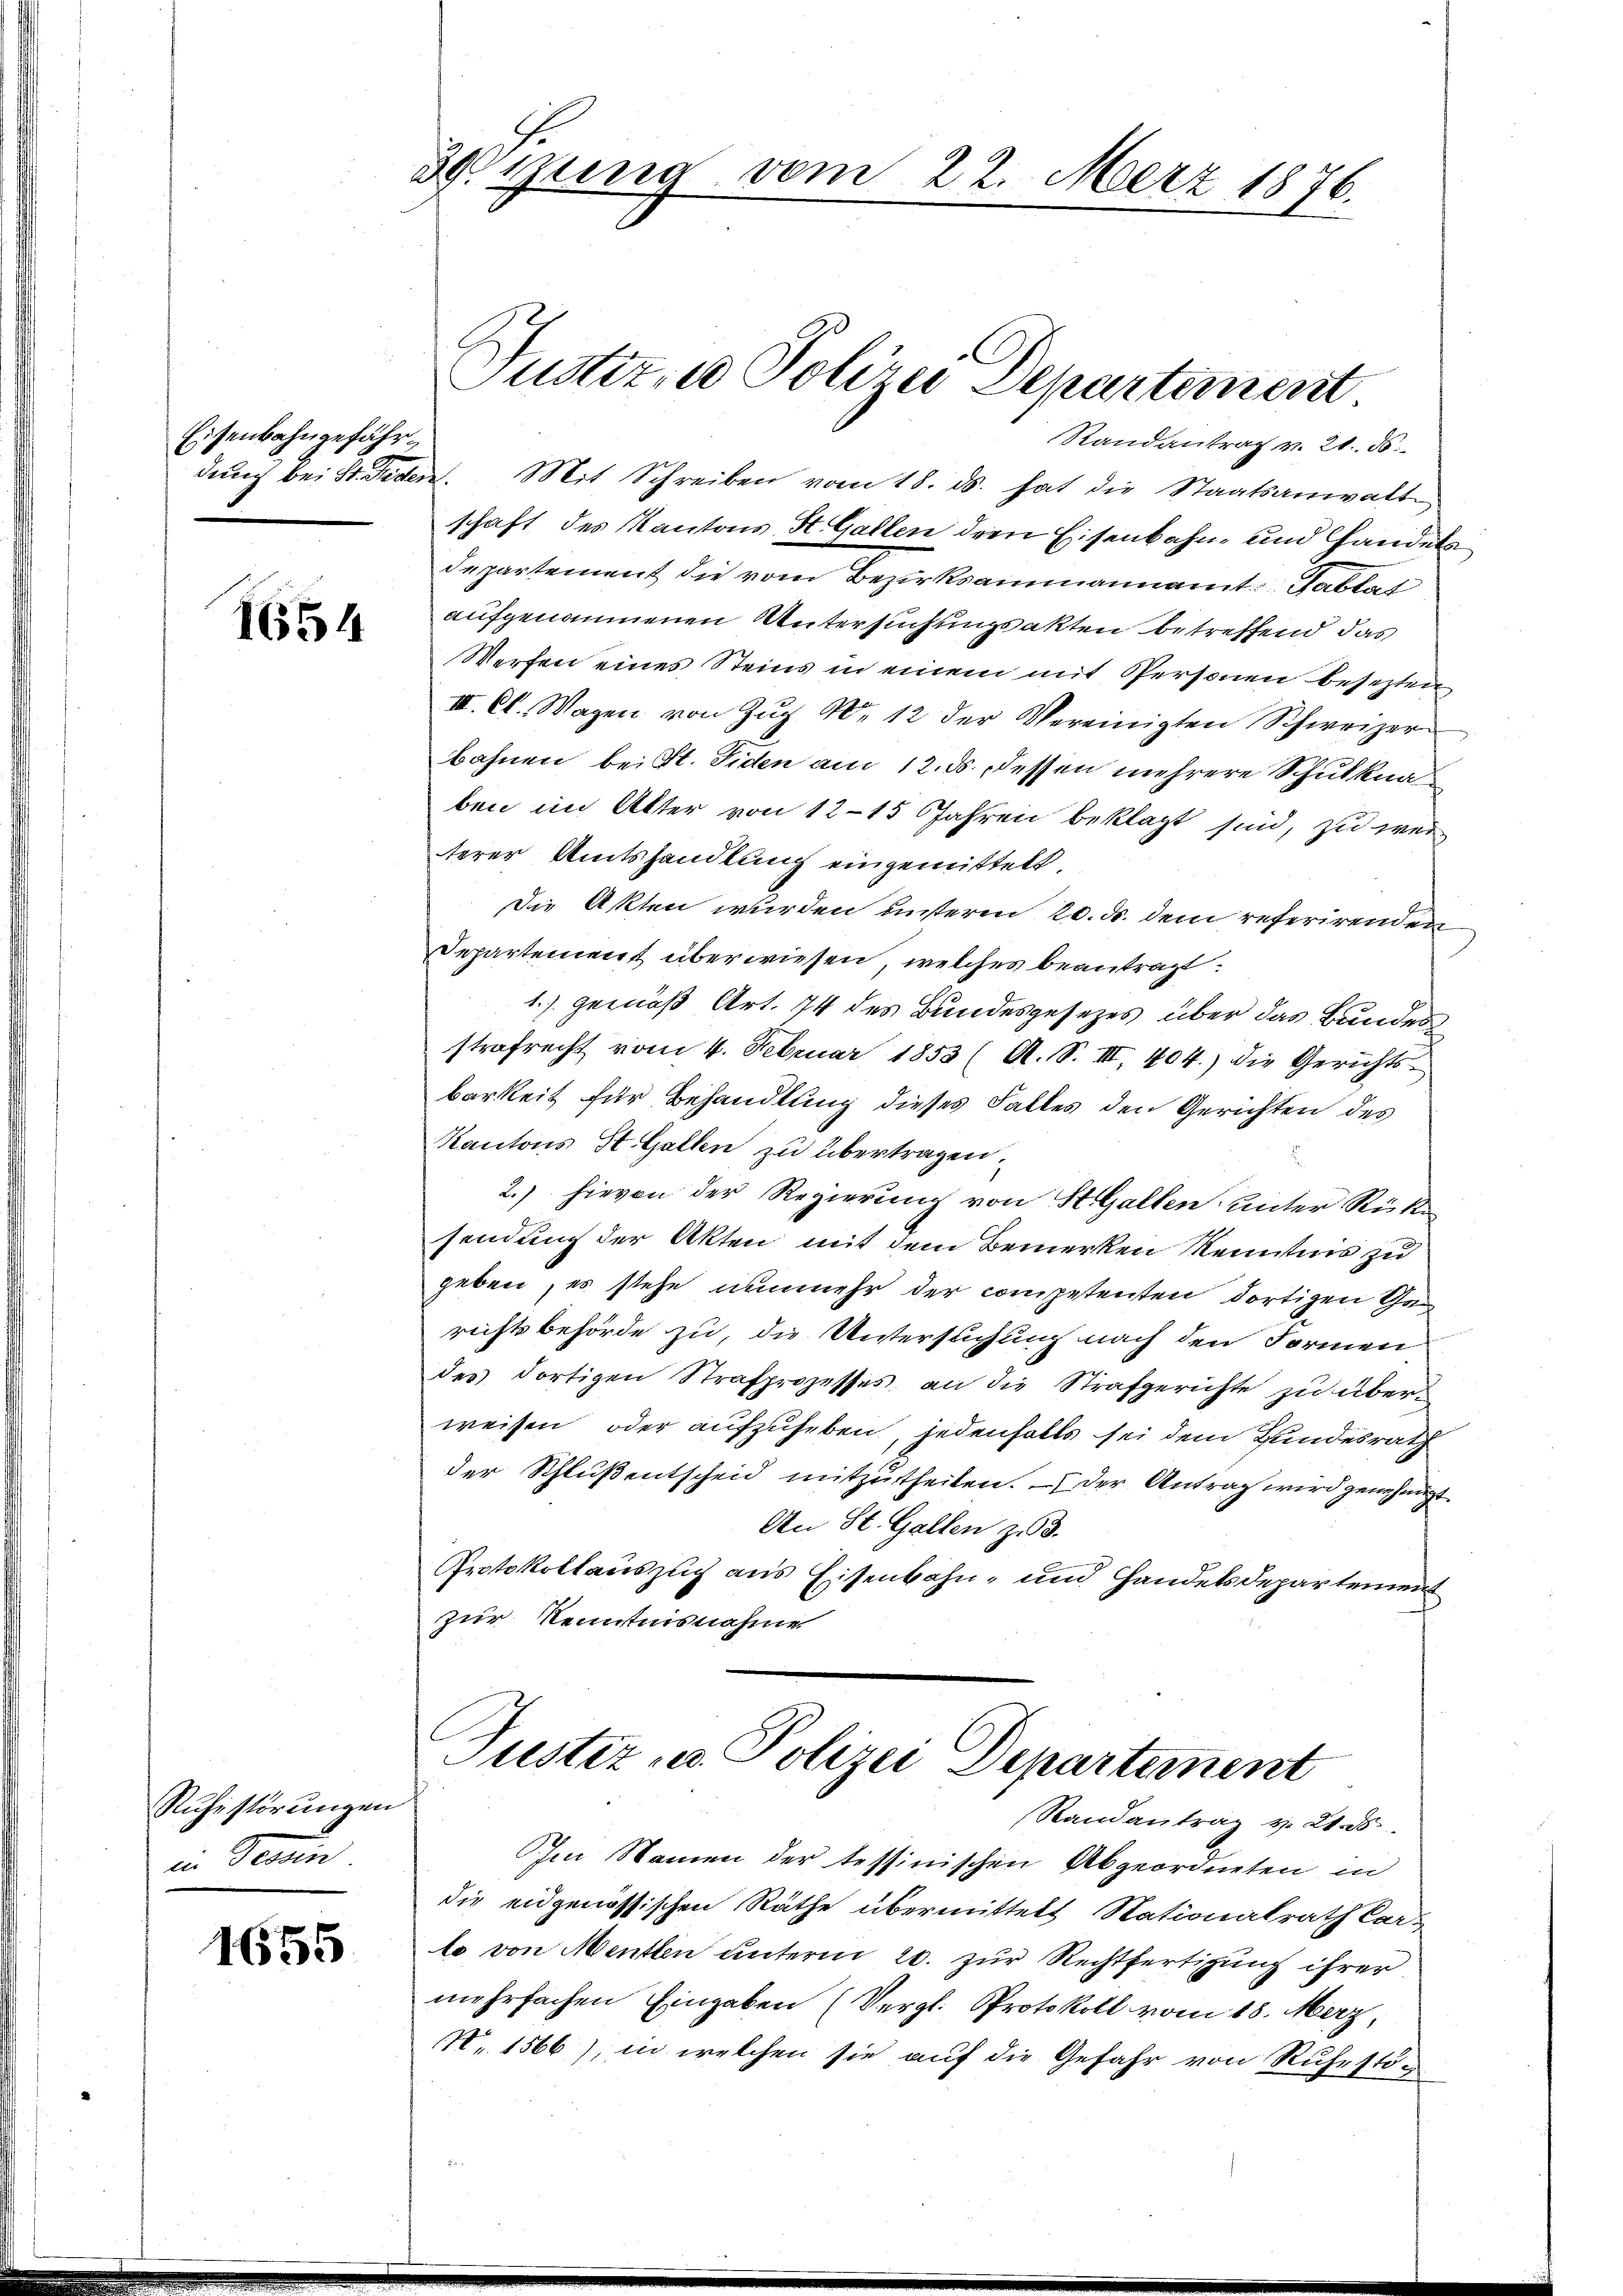
Eisenbahngefähr

1654

Ruhestörungen
in Verdin

1655

Weisung vom 22. März 1876.

schaft des Kantons St. Gallen der Eisenbahn und Handels
departement die vom Bezirksammannamt Tablat
aufgenommenen Untersuchungsakten betreffend das
Werfen eines Steins in einem mit Personen besezten
III. Cl. Wagen von Zŭg N. 12 der Vereinigten Schweizerbahnen bei St. Fiden am 12. ds. dessen mehrere Schulknaben im Alter von 12–15 Jahren beklagt sind, zu wei
terer Amtshandlung eingemittelt.
Die Akten wurden unterm 20. d. dem referirenden
Departement überwiesen, welches beantragt:
1.) gemäß Art. 74 des Bundesgesezes über das Bundes
strafrecht vom 4. Februar 1853 (A. S. III., 404.) die Gerichts-
barkeit für Behandlung dieses Falles den Gerichten des
Kantons St. Gallen zu übertragen.
2.) hievon der Regierung von St. Gallen, unter Rück
sendung der Akten mit dem Bemerken Kenntnis zu
geben, es stehe nunmehr der competenten dortigen Gerichtsbehörde zu, die Untersuchung nach den Formen
des dortigen Strafprozesses, an die Strafgerichte zu überweisen oder aufzuheben, jedenfalls sei dem Bundesrath
der Schlŭβentscheid mitzutheilen. Der Antrag wird genehmigt.
An St. Gallen zu 3.
Protokollauszuch aus Eisenbahn- und Handelsdepartement
zur Kenntnisnahme

.
Justiz- u Polizei Departement
Randantrag v. 21. 86.
dung bei St. Jeden. Mit Schreiben vom 18. ds. hat die Staatsanwalte

Justiz- u. Polizei Departement
Randantrag v. 21. ds

m Namen der tessinischen Abgeordneten in
die eidgenössischen Räthe übermittelt Nationalrath Car-
lo von Menten unterm 20. zur Rechtfertigung ihrer
mehrfachen Eingaben (Vergl. Protokoll vom 18. Merz,
Nr. 1566), in welchen sie auf die Gefahr von Ruhestö¬